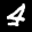
Label: 4